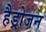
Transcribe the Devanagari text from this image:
हैड्रोजन